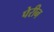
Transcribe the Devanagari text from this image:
पेरीन